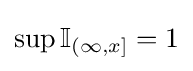
\sup \mathbb {I} _{(\infty ,x]}=1